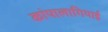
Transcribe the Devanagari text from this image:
कांपालागियाई